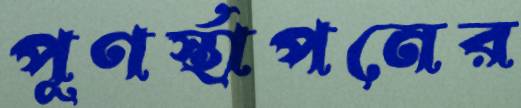
পূণর্স্থাপনের